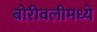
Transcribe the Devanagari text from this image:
बोरीवलीमध्ये